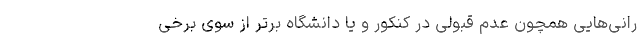
رانی‌هایی همچون عدم قبولی در کنکور و یا دانشگاه برتر از سوی برخی